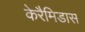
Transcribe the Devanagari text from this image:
केरैमिडास